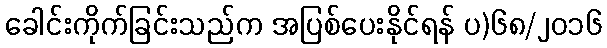
ခေါင်းကိုက်ခြင်းသည်က အပြစ်ပေးနိုင်ရန် ပ)၆၈/၂၀၁၆